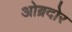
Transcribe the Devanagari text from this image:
ओब्रदोर